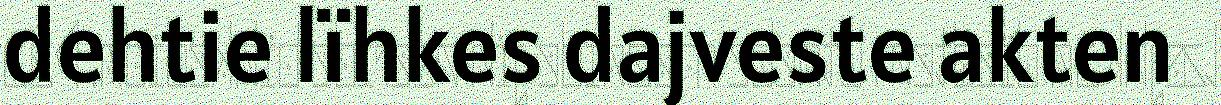
dehtie lïhkes dajveste akten